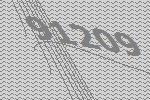
91209